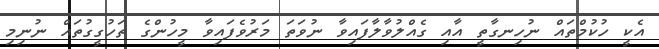
އެކީ ހުކުމްތައް ނުހިނގާތީ އާއި ގެއްލުވާލާފައިވާ ނުވަތަ މަރުވެފައިވާ މީހުންގެ ތަހުގީގުތައް ނުނިމި